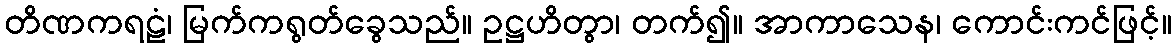
တိဏကရဠံ၊ မြက်ကရွတ်ခွေသည်။ ဥဋ္ဌဟိတွာ၊ တက်၍။ အာကာသေန၊ ကောင်းကင်ဖြင့်။